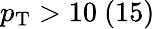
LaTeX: p_{\mathrm{T}}>10\ (15)